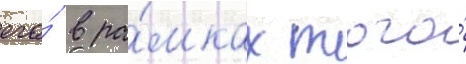
его́ в ра́мках того́